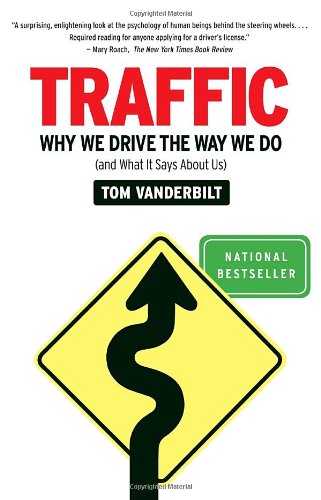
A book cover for Traffic: Why We Drive the Way We Do (and What It Says About Us); Tom Vanderbilt; Test Preparation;